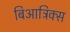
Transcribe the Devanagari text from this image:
बिआट्रिक्स